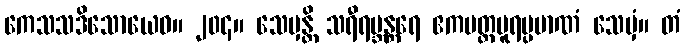
ကေသသဒိသောယေဝ။ ၂၀၄။ သေမှန္တိ သရီရဗ္ဘန္တရေ ဧကပတ္ထပူရပ္ပမာဏံ သေမှံ။ တံ